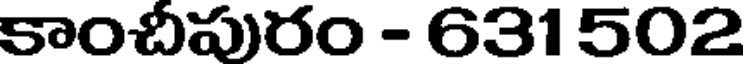
కాంచీపురం - 631 502